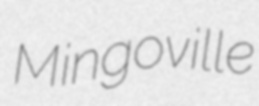
Mingoville